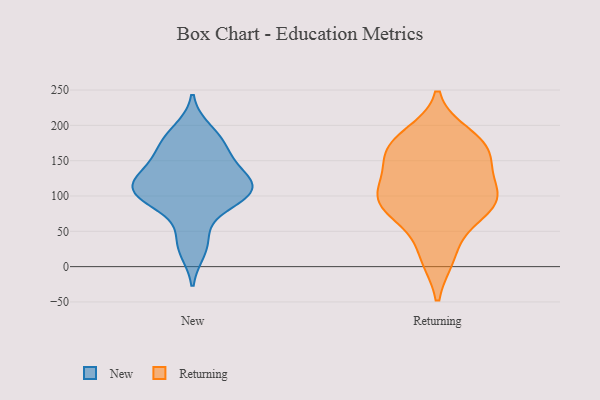
{"axis": {"x": "Demand Index", "y": "Value"}, "legend": ["New", "Returning"], "data": [{"x": "", "y": 96, "type": "New"}, {"x": "", "y": 89, "type": "New"}, {"x": "", "y": 158, "type": "New"}, {"x": "", "y": 107, "type": "New"}, {"x": "", "y": 41, "type": "New"}, {"x": "", "y": 129, "type": "New"}, {"x": "", "y": 105, "type": "New"}, {"x": "", "y": 175, "type": "New"}, {"x": "", "y": 102, "type": "New"}, {"x": "", "y": 173, "type": "New"}, {"x": "", "y": 193, "type": "New"}, {"x": "", "y": 23, "type": "New"}, {"x": "", "y": 135, "type": "New"}, {"x": "", "y": 124, "type": "New"}, {"x": "", "y": 115, "type": "New"}, {"x": "", "y": 96, "type": "Returning"}, {"x": "", "y": 82, "type": "Returning"}, {"x": "", "y": 185, "type": "Returning"}, {"x": "", "y": 16, "type": "Returning"}, {"x": "", "y": 138, "type": "Returning"}, {"x": "", "y": 172, "type": "Returning"}, {"x": "", "y": 167, "type": "Returning"}, {"x": "", "y": 92, "type": "Returning"}, {"x": "", "y": 107, "type": "Returning"}, {"x": "", "y": 163, "type": "Returning"}, {"x": "", "y": 114, "type": "Returning"}, {"x": "", "y": 94, "type": "Returning"}, {"x": "", "y": 153, "type": "Returning"}, {"x": "", "y": 15, "type": "Returning"}, {"x": "", "y": 175, "type": "Returning"}, {"x": "", "y": 85, "type": "Returning"}, {"x": "", "y": 72, "type": "Returning"}]}